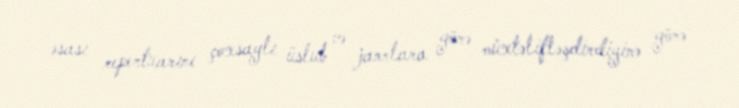
əsası repertuarını çoxsaylı üslub və janrlara görə müxtəlifləşdirdiyinə görə